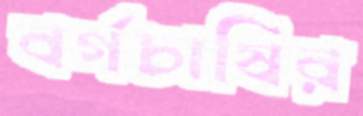
বর্গচাষির